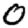
Digit: 0